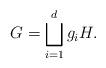
LaTeX: \begin{align*} G=\bigsqcup_{i=1}^dg_{i}H.\end{align*}